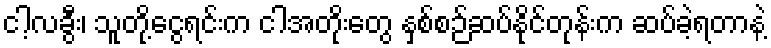
ငါ့လခွီး၊ သူတို့ငွေရင်းက ငါအတိုးတွေ နှစ်စဉ်ဆပ်နိုင်တုန်းက ဆပ်ခဲ့ရတာနဲ့